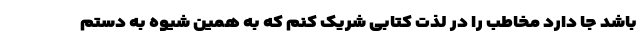
باشد جا دارد مخاطب را در لذت کتابی شریک کنم که به همین شیوه به دستم